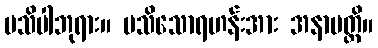
မသိပါဘုရား။ မသိသောရဟန်းအား အနာပတ္တိ။